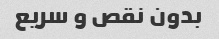
بدون نقص و سریع